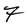
Character: 7